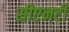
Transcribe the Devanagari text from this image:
सीएनटी